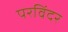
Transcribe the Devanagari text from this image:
परविंदर